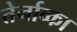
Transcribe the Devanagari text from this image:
तेर्नाव्का